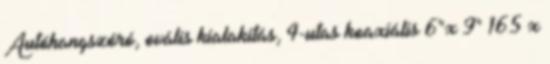
Autóhangszóró, ovális kialakítás, 4-utas koaxiális 6"x 9" 165 x